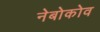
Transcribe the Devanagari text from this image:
नेबोकोव